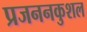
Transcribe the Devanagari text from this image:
प्रजननकुशल